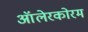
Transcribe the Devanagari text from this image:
ऑलेरकोरम